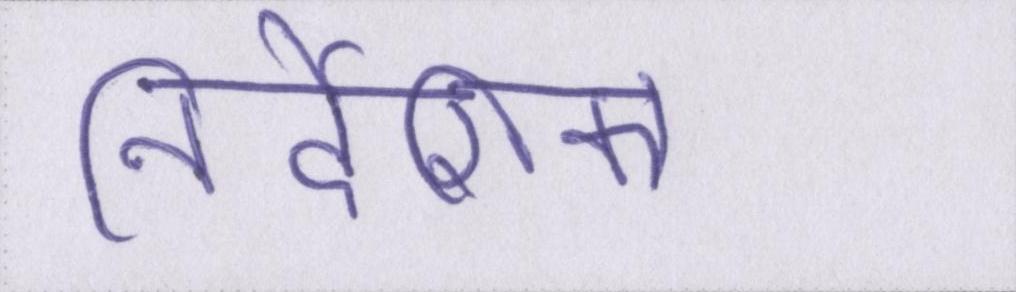
निर्देशिका